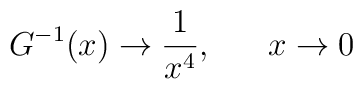
G^{-1}(x)\rightarrow  {1\over x^4}, ~~~~~ x \rightarrow 0